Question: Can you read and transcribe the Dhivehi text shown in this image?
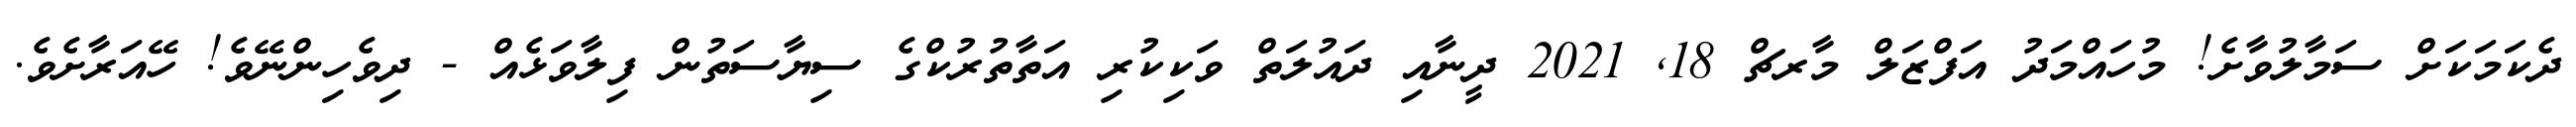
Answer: ދެކަމަކަށް ސަމާލުވާށެ! މުހައްމަދު އަފްޒަލް މާރޗް 18, 2021 ދީނާއި ދައުލަތް ވަކިކުރި އަތާތުރުކްގެ ސިޔާސަތުން ފިލާވަޅެއް - ދިވެހިންނޭވެ! ހޭއަރާށެވެ.